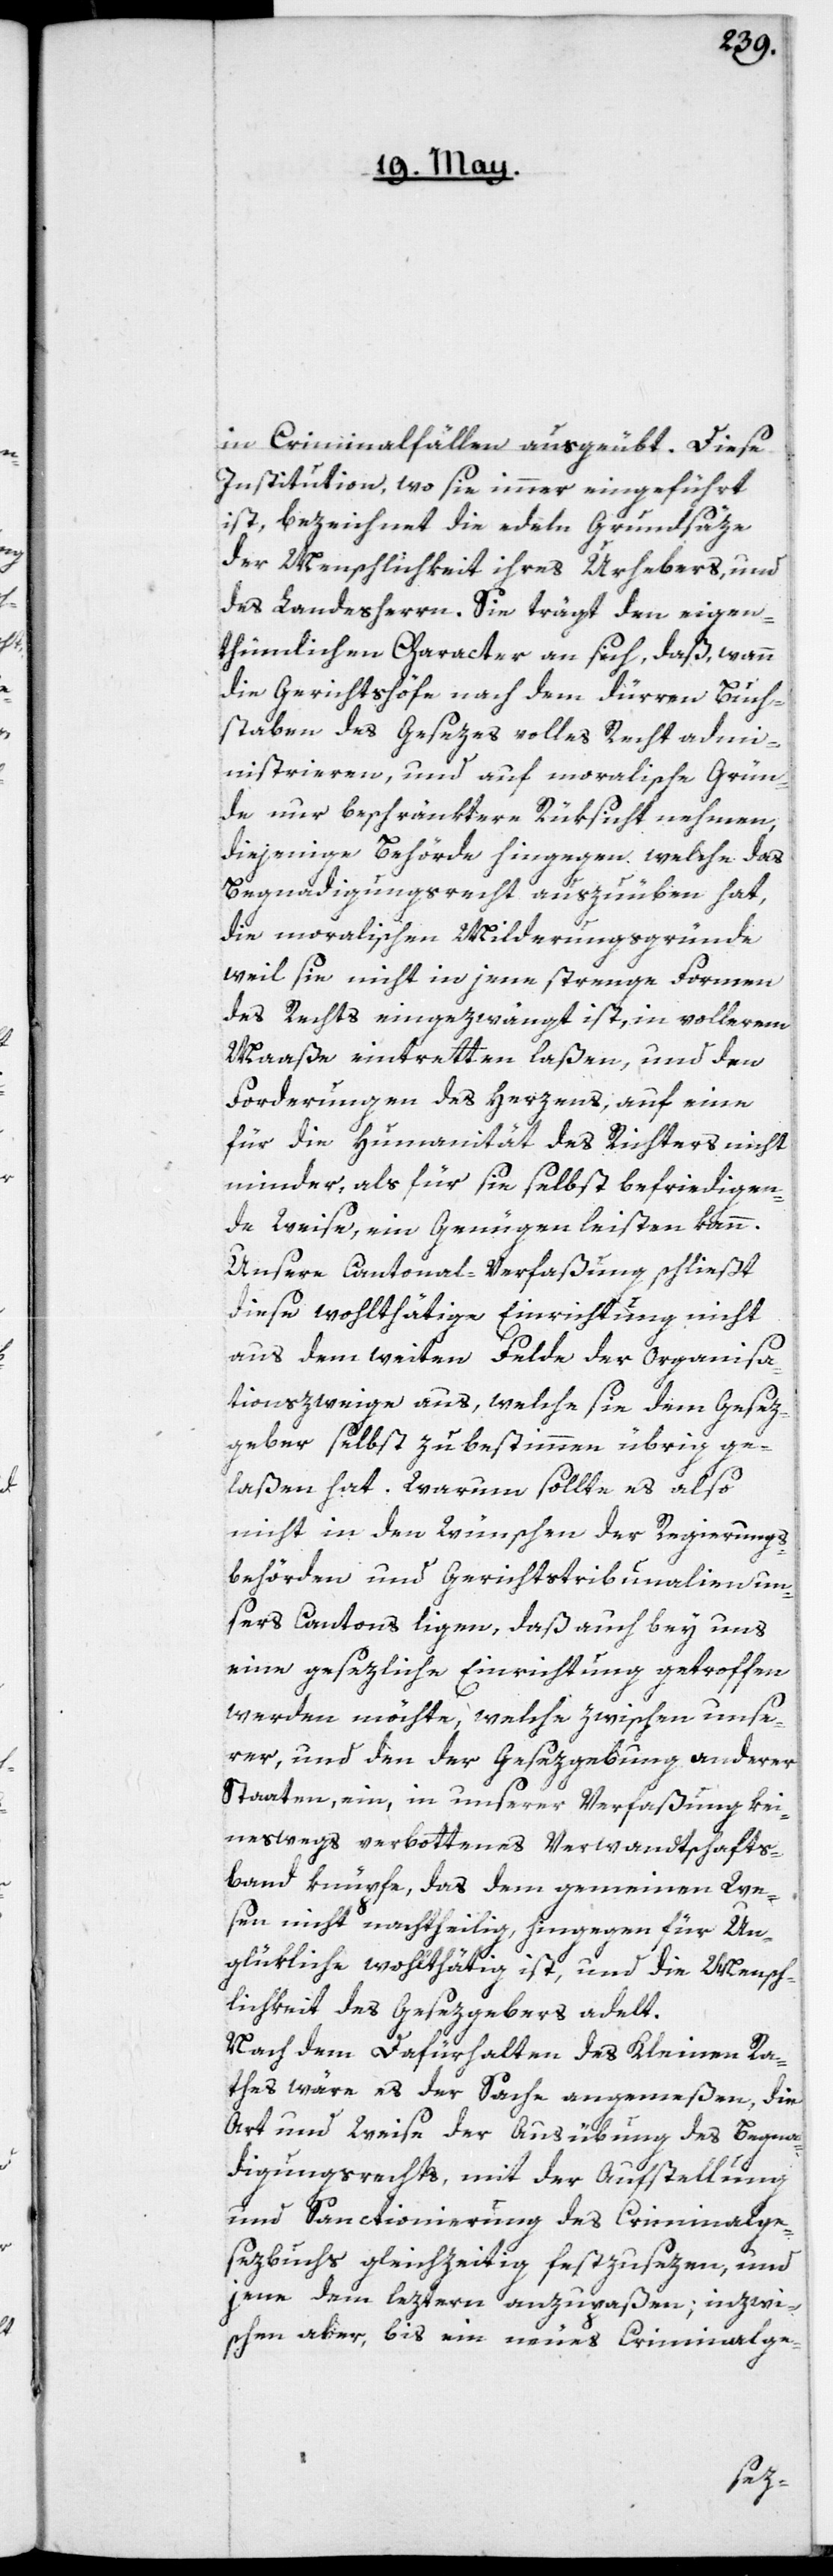
in Criminalfällen ausgeübt. Diese
Institution, wo sie immer eingeführt
ist, bezeichnet die edeln Grundsäze
der Menschlichkeit ihres Urhebers, und
des Landesherrn. Sie trägt den eigen¬
thümlichen Character an sich, daß, wann
die Gerichtshöfe nach dem dürren Buch¬
staben des Gesezes volles Recht admi¬
nistrieren, und auf moralische Grün¬
de nur beschränktere Rüksicht nehmen,
diejenige Behörde hingegen, welche das
Begnadigungsrecht auszuüben hat,
die moralischen Milderungsgründe,
weil sie nicht in jene strenge Formen
des Rechts eingezwängt ist, in vollerem
Maaße eintretten laßen, und den
Forderungen des Herzens, auf eine
für die Humanität des Richters nicht
minder, als für sie selbst befriedigen¬
de Weise ein Genügen leisten kann.
Unsere Cantonal-Verfaßung schließt
diese wohlthätige Einrichtung nicht
aus dem weiten Felde der Organisa¬
tionszweige aus, welche sie dem Gesez¬
geber selbst zu bestimmen übrig ge¬
laßen hat. Warum sollte es also
nicht in den Wünschen der Regierungs¬
behörden und Gerichtstribunalien un¬
sers Cantons ligen, daß auch bey uns
eine gesezliche Einrichtung getroffen
werden möchte, welche zwischen unse¬
rer und den der Gesezgebung anderer
Staaten ein, in unserer Verfaßung kei¬
neswegs verbottenes Verwandtschafts¬
band knüpfe, das dem gemeinen We¬
sen nicht nachtheilig, hingegen für Un¬
glükliche wohlthätig ist, und die Mensch¬
lichkeit des Gesezgebers adelt.
Nach dem Dafürhalten des Kleinen Ra¬
thes wäre es der Sache angemeßen, die
Art und Weise der Ausübung des Begna¬
digungsrechts, mit der Aufstellung
und Sanctionierung des Criminalge¬
sezbuchs gleichzeitig festzusezen, und
jene dem leztern anzupaßen; inzwi¬
schen aber, bis ein neues Criminalge-